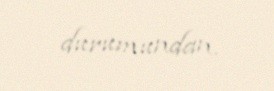
durumundan.